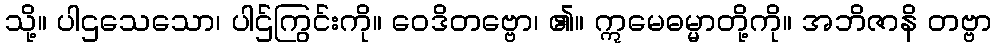
သို့။ ပါဌသေသော၊ ပါဌ်ကြွင်းကို။ ဝေဒိတဗ္ဗော၊ ၏။ ဣမေဓမ္မာတို့ကို။ အဘိဇာနိ တဗ္ဗာ